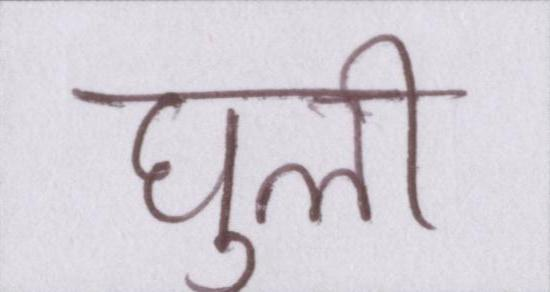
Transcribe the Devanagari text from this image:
घुली